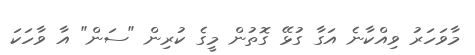
މާވަހަރު ވިއްކާނެ އަގާ ގުޅޭ ގޮތުން މީގެ ކުރިން "ސަން" އާ ވާހަކަ